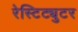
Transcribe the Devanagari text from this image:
रेस्टिट्युटर